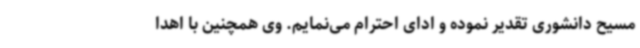
مسیح دانشوری تقدیر نموده و ادای احترام می‌نمایم. وی همچنین با اهدا